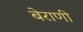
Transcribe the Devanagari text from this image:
बेराणी